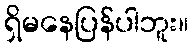
ရှိမနေပြန်ပါဘူး။